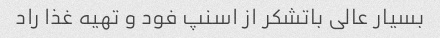
بسیار عالی باتشکر از اسنپ فود و تهیه غذا راد